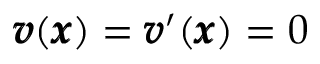
{ \pmb v } ( { \pmb x } ) = { \pmb v } ^ { \prime } ( { \pmb x } ) = 0